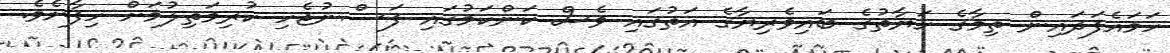
ހަމައެފަދައިން ތިމާގެ ހަޔާތުގެ ބައިވެރިޔާގެ އަތުގައި ވެސް ކަންކަމުގައި ފަސްނުޖެހި ކުރިމަތިލުމަށް ހިފާށެވެ.